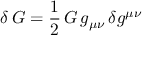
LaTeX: \delta \, { \cal G } = \frac { 1 } { 2 } \, { \cal G } \, g _ { \mu \nu } \, \delta g ^ { \mu \nu }